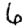
Digit: 6